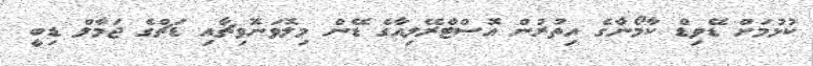
ކުޅުމަށް ޑޭވިޑް ކާމޯނާގެ އިތުރުން އޮސްޓްރޭލިއާގެ ޑޭން މިލޮވަނޮވިޗާއި ޑަޗްގެ ޖަމާލް ޑިބީ